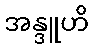
အန္ဒူဟိ